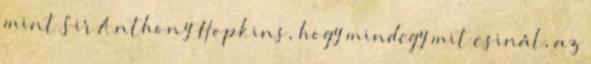
mint Sir Anthony Hopkins, hogy mindegy mit csinál, az